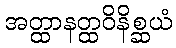
အတ္ထာနတ္ထဝိနိစ္ဆယံ